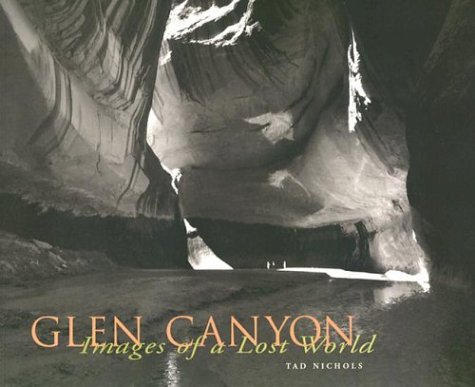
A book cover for Glen Canyon: Images of a Lost World; Tad Nichols; Travel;